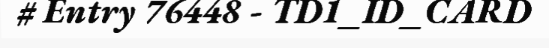
# Entry 76448 - TD1_ID_CARD